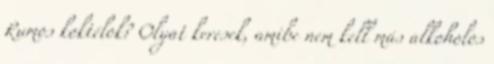
Rumos koktélok? Olyat keresek, amibe nem kell más alkoholos